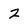
Character: Z